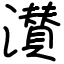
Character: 濽